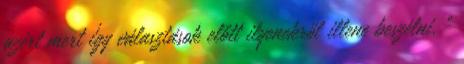
azért mert így választások előtt ilyenekről illene beszélni. "